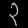
Digit: ၃